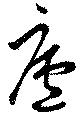
廬